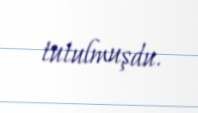
tutulmuşdu.